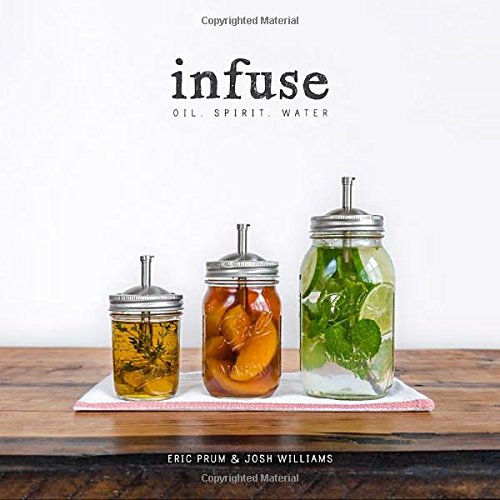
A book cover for Infuse: Oil, Spirit, Water; Eric Prum; Cookbooks, Food & Wine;